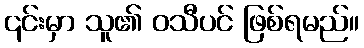
၎င်းမှာ သူ၏ ဝသီပင် ဖြစ်ရမည်။